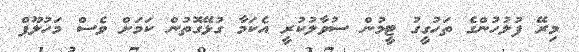
މިރޭ ފުލުހުންގެ ތަހުގީގު ޓީމުން ސުވާލުކުރީ އެކަމާ ގުޅޭގޮތުން ކަމަށް ވެސް މަހުލޫފް